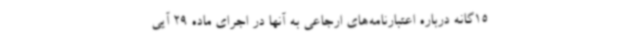
15‌گانه درباره اعتبارنامه‌های ارجاعی به آنها در اجرای ماده 29 آیی